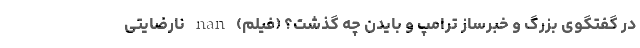
در گفتگوی بزرگ و خبرساز ترامپ و بایدن چه گذشت؟ (فیلم) nan نارضایتی